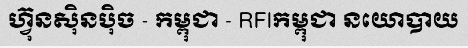
ហ្វ៊ុនស៊ិនប៉ិច - កម្ពុជា - RFIកម្ពុជា នយោបាយ